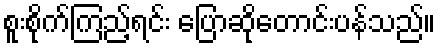
စူးစိုက်ကြည့်ရင်း ပြောဆိုတောင်းပန်သည်။